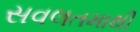
સવલતમાથી